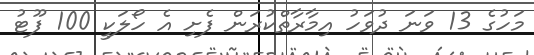
މަހުގެ 13 ވަނަ ދުވަހު އިމާރާތްކުރަން ފެށި އެ ހޯލަކީ 100 ފޫޓު